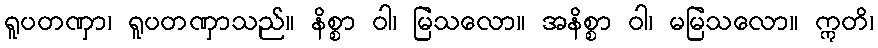
ရူပတဏှာ၊ ရူပတဏှာသည်။ နိစ္စာ ဝါ၊ မြဲသလော။ အနိစ္စာ ဝါ၊ မမြဲသလော။ ဣတိ၊